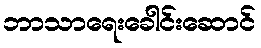
ဘာသာရေးခေါင်းဆောင်